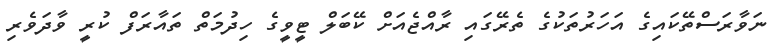
ނަވާރަސްތޭކައިގެ އަހަރުތަކުގެ ތެރޭގައި ރާއްޖެއަށް ކޭބަލް ޓީވީގެ ހިދުމަތް ތައާރަފް ކުރީ ވާދަވެރި